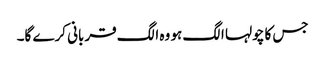
جس کا چولہا الگ ہو وہ الگ قربانی کرے گا۔